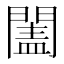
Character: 𨵯